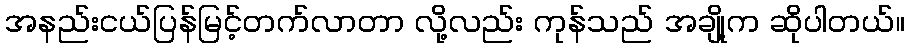
အနည်းငယ်ပြန်မြင့်တက်လာတာ လို့လည်း ကုန်သည် အချို့က ဆိုပါတယ်။